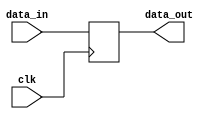
`timescale 1ps / 1ps

module mac_fifo_sync_block (
    input clk,
    input data_in,
    output reg data_out = 1'b0
);

// To write use port A
always @(posedge clk)
begin
    data_out <= data_in;
end

endmodule